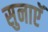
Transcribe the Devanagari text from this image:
सुनाएॅ